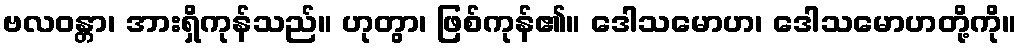
ဗလဝန္တာ၊ အားရှိကုန်သည်။ ဟုတွာ၊ ဖြစ်ကုန်၏။ ဒေါသမောဟ၊ ဒေါသမောဟတို့ကို။